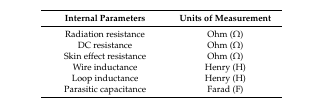
<table><thead><tr><td><b>Internal Parameters</b></td><td><b>Units of Measurement</b></td></tr></thead><tbody><tr><td>Radiation resistance</td><td>Ohm (Ω)</td></tr><tr><td>DC resistance</td><td>Ohm (Ω)</td></tr><tr><td>Skin effect resistance</td><td>Ohm (Ω)</td></tr><tr><td>Wire inductance</td><td>Henry (H)</td></tr><tr><td>Loop inductance</td><td>Henry (H)</td></tr><tr><td>Parasitic capacitance</td><td>Farad (F)</td></tr></tbody></table>